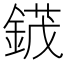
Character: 𬫯